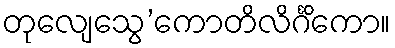
တုလျေသွေ’ကောတိလိင်္ဂိကော။